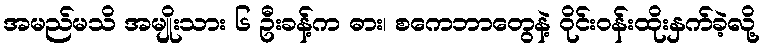
အမည်မသိ အမျိုးသား ၆ ဦးခန့်က ဓား၊ စကေဘာတွေနဲ့ ဝိုင်းဝန်းထိုးနှက်ခဲ့လို့